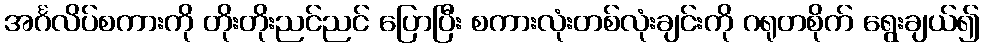
အင်္ဂလိပ်စကားကို တိုးတိုးညင်ညင် ပြောပြီး စကားလုံးတစ်လုံးချင်းကို ဂရုတစိုက် ရွေးချယ်၍